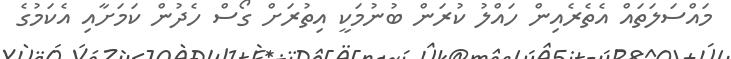
މައްސަލަތައް އެތެރެއިން ހައްލު ކުރަން ބުނުމަކީ އިތުރަށް ގޯސް ހެދުން ކަމަށާއި އެކަމުގެ